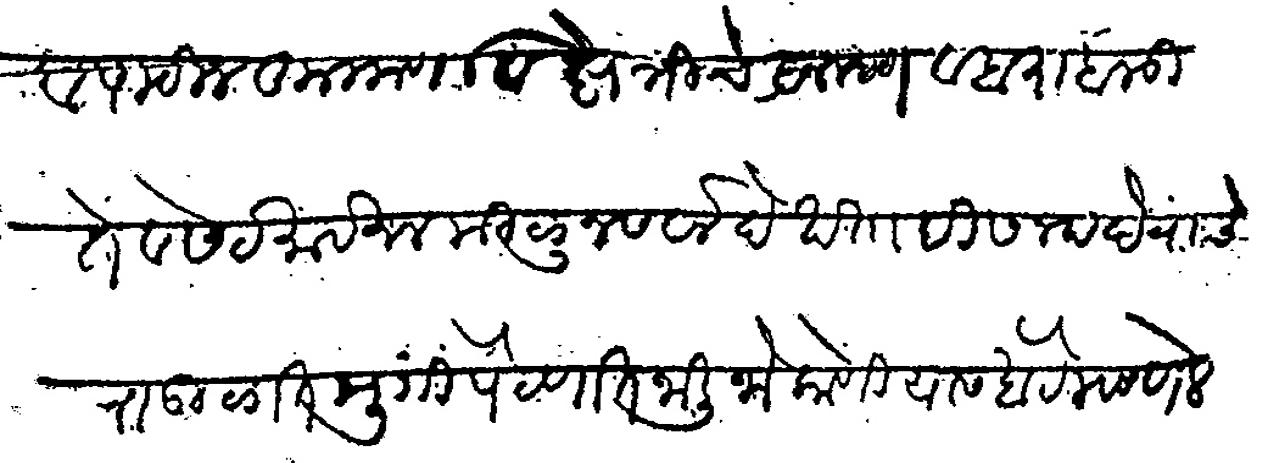
Transliteration (Devanagari): व पाटील कुलकर्णी व क्षेत्रीचे ब्राह्मण व बारा बळीते व सेटे माहजन मिळून सर्वादेखता ही सनद देवाचे राऊळात मुंगी पैठणात जाली जो कोणी यास खोटे म्हणेल